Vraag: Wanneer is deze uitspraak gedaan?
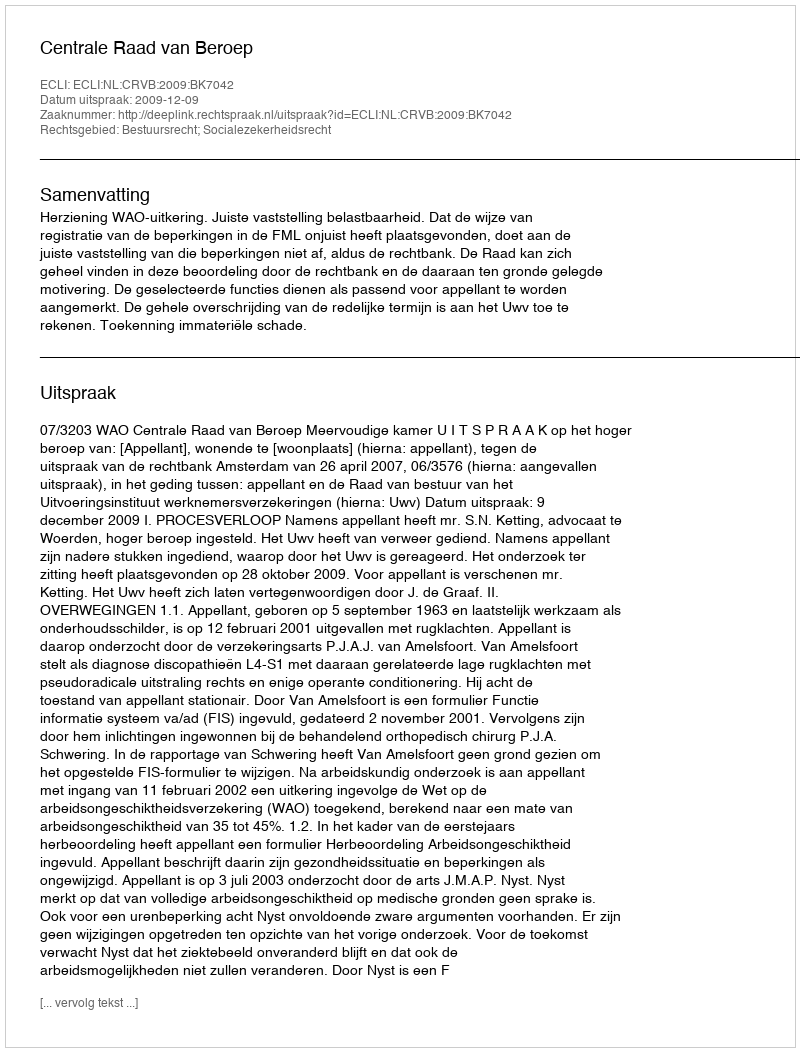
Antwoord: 2009-12-09